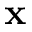
\mathbf { x }